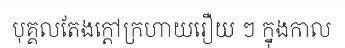
បុគ្គលតែងក្តៅក្រហាយរឿយ ៗ ក្នុងកាល